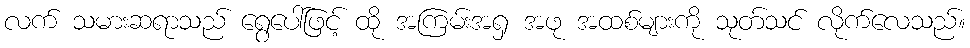
လက် သမားဆရာသည် ရွေပေါ်ဖြင့် ထို အကြမ်းအရှ အဖု အထစ်များကို သုတ်သင် လိုက်လေသည်။